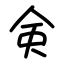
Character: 㑒